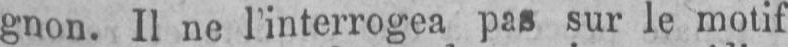
sur le motif